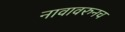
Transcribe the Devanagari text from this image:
नावावरुनच